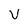
Character: v